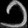
Digit: ၁